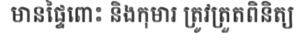
មានផ្ទៃពោះ និងកុមារ ត្រូវត្រួតពិនិត្យ